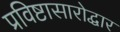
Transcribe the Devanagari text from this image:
प्रविष्टासारोद्धार